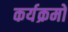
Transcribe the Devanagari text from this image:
कर्यक्रमों